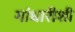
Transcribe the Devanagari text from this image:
गांधारीशी